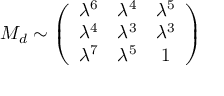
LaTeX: M _ { d } \sim \left( \begin{array} { c c c } { { \lambda ^ { 6 } } } & { { \lambda ^ { 4 } } } & { { \lambda ^ { 5 } } } \\ { { \lambda ^ { 4 } } } & { { \lambda ^ { 3 } } } & { { \lambda ^ { 3 } } } \\ { { \lambda ^ { 7 } } } & { { \lambda ^ { 5 } } } & { { 1 } } \end{array} \right)